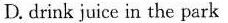
D.Drink juice in the park